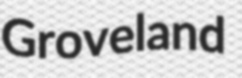
Groveland